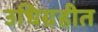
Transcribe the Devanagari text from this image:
उधिग्रहीत